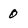
Character: 0